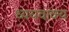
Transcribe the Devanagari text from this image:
ध्ययवाक्य